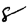
Digit: 8